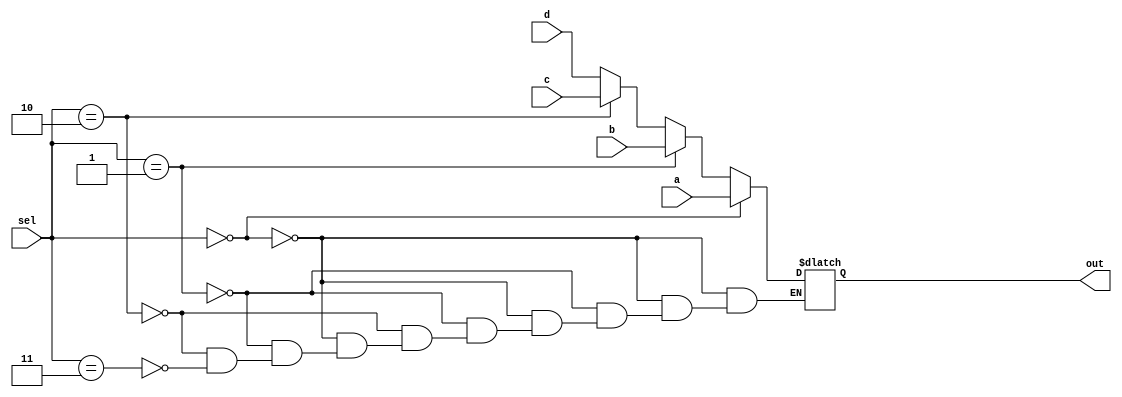
`timescale 1ns / 1ps
//////////////////////////////////////////////////////////////////////////////////
// Company: 
// 
// Design Name: 
// Module Name: mux_if_else
// Project Name: 
// Target Devices: 
// Tool Versions: 
// Description: 
// contact me 0091 8301960200
//            nidhinchandran470@gmail.com
// Dependencies: 
// 
// Revision:
// Revision 0.01 - File Created
// Additional Comments:
// 
//////////////////////////////////////////////////////////////////////////////////


module mux_if_else(
    input a,
    input b,
    input c,
    input d,
    input [1:0] sel,
    output reg out
    );
    always@(*)
    begin
        if      (sel == 2'b00)    out = a;
        else if (sel == 2'b01)    out = b;
        else if (sel == 2'b10)    out = c;
        else if (sel == 2'b11)    out = d;
         
    end
endmodule